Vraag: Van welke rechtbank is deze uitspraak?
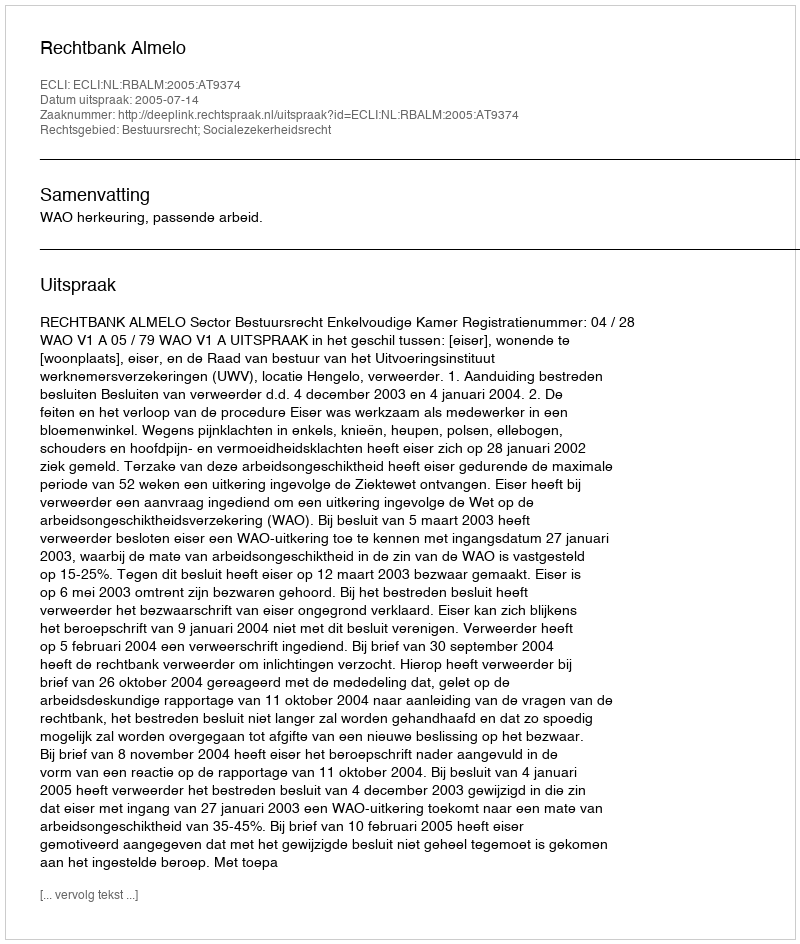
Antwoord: Rechtbank Almelo